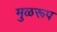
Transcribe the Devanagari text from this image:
मुळरूप